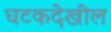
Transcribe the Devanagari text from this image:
घटकदेखील